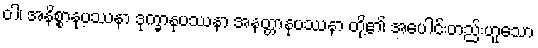
ဝါ၊ အနိစ္စာနုပဿနာ ဒုက္ခာနုပဿနာ အနတ္တာနုပဿနာ တို့၏ အပေါင်းတည်းဟူသော